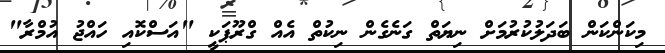
މިކަންކަން ބަދަލުކުރުމަށް ނިޔަތް ގަނެގެން ނިކުތް އެއް ގްރޫޕަކީ "އަސްކޮއި ހައްޖު އުމްރާ"